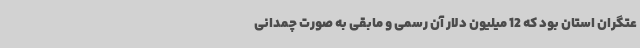
عتگران استان بود که 12 میلیون دلار آن رسمی و مابقی به صورت چمدانی